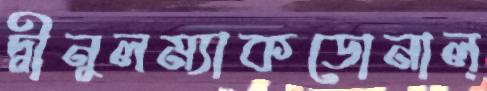
দ্বীনুলম্যাকডোনাল্